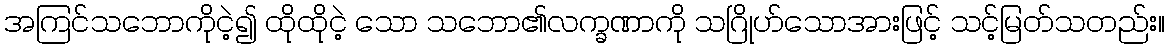
အကြင်သဘောကိုငဲ့၍ ထိုထိုငဲ့ သော သဘော၏လက္ခဏာကို သဂြိုဟ်သောအားဖြင့် သင့်မြတ်သတည်း။